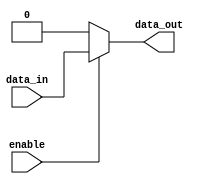
module buffer_with_enable (
    input wire data_in,
    input wire enable,
    output reg data_out
);

always @* begin
    if(enable)
        data_out = data_in;
    else
        data_out = 0; // Constant value when enable is low
end

endmodule